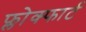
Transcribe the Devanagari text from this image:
फ्लोक्फार्ट